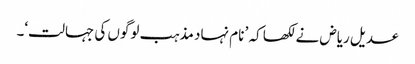
عدیل ریاض نے لکھا کہ ’ نام نہاد مذہب لوگوں کی جہالت‘۔